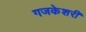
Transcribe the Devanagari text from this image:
गजकेशरी